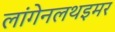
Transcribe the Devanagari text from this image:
लांगेनलथइमर